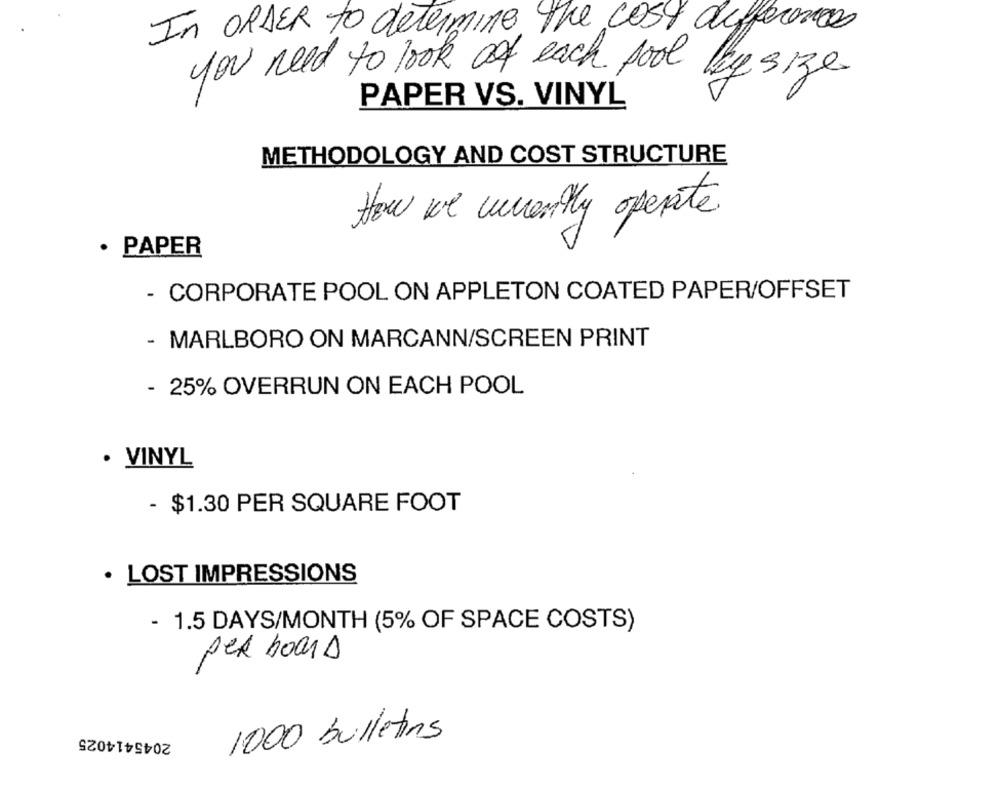
In ORDER to determine the cost differences
you need to look at each pool by size
PAPER VS. VINYL
METHODOLOGY AND COST STRUCTURE
How we wnently operate.
· PAPER
- CORPORATE POOL ON APPLETON COATED PAPER/OFFSET
- MARLBORO ON MARCANN/SCREEN PRINT
- 25% OVERRUN ON EACH POOL
· VINYL
- $1.30 PER SQUARE FOOT
· LOST IMPRESSIONS
- 1.5 DAYS/MONTH (5% OF SPACE COSTS)
per board
2045414025
1000 bulletins